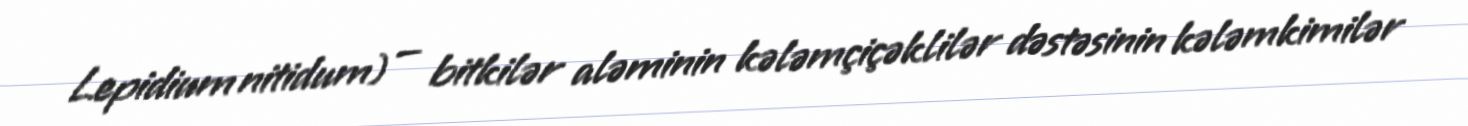
Lepidium nitidum) — bitkilər aləminin kələmçiçəklilər dəstəsinin kələmkimilər